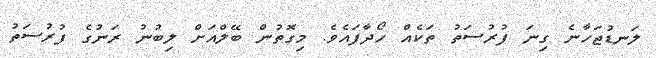
ލަނޑުޖަހާނެ ގިނަ ފުރުސަތު ތަކެއް ހޯދާފައެވެ. މިގޮތުން ބޭލްއަށް ލިބުނު ރަނުގެ ފުރުސަތު